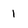
Character: 1